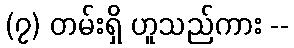
(၇) တမ်းရှိ ဟူသည်ကား --